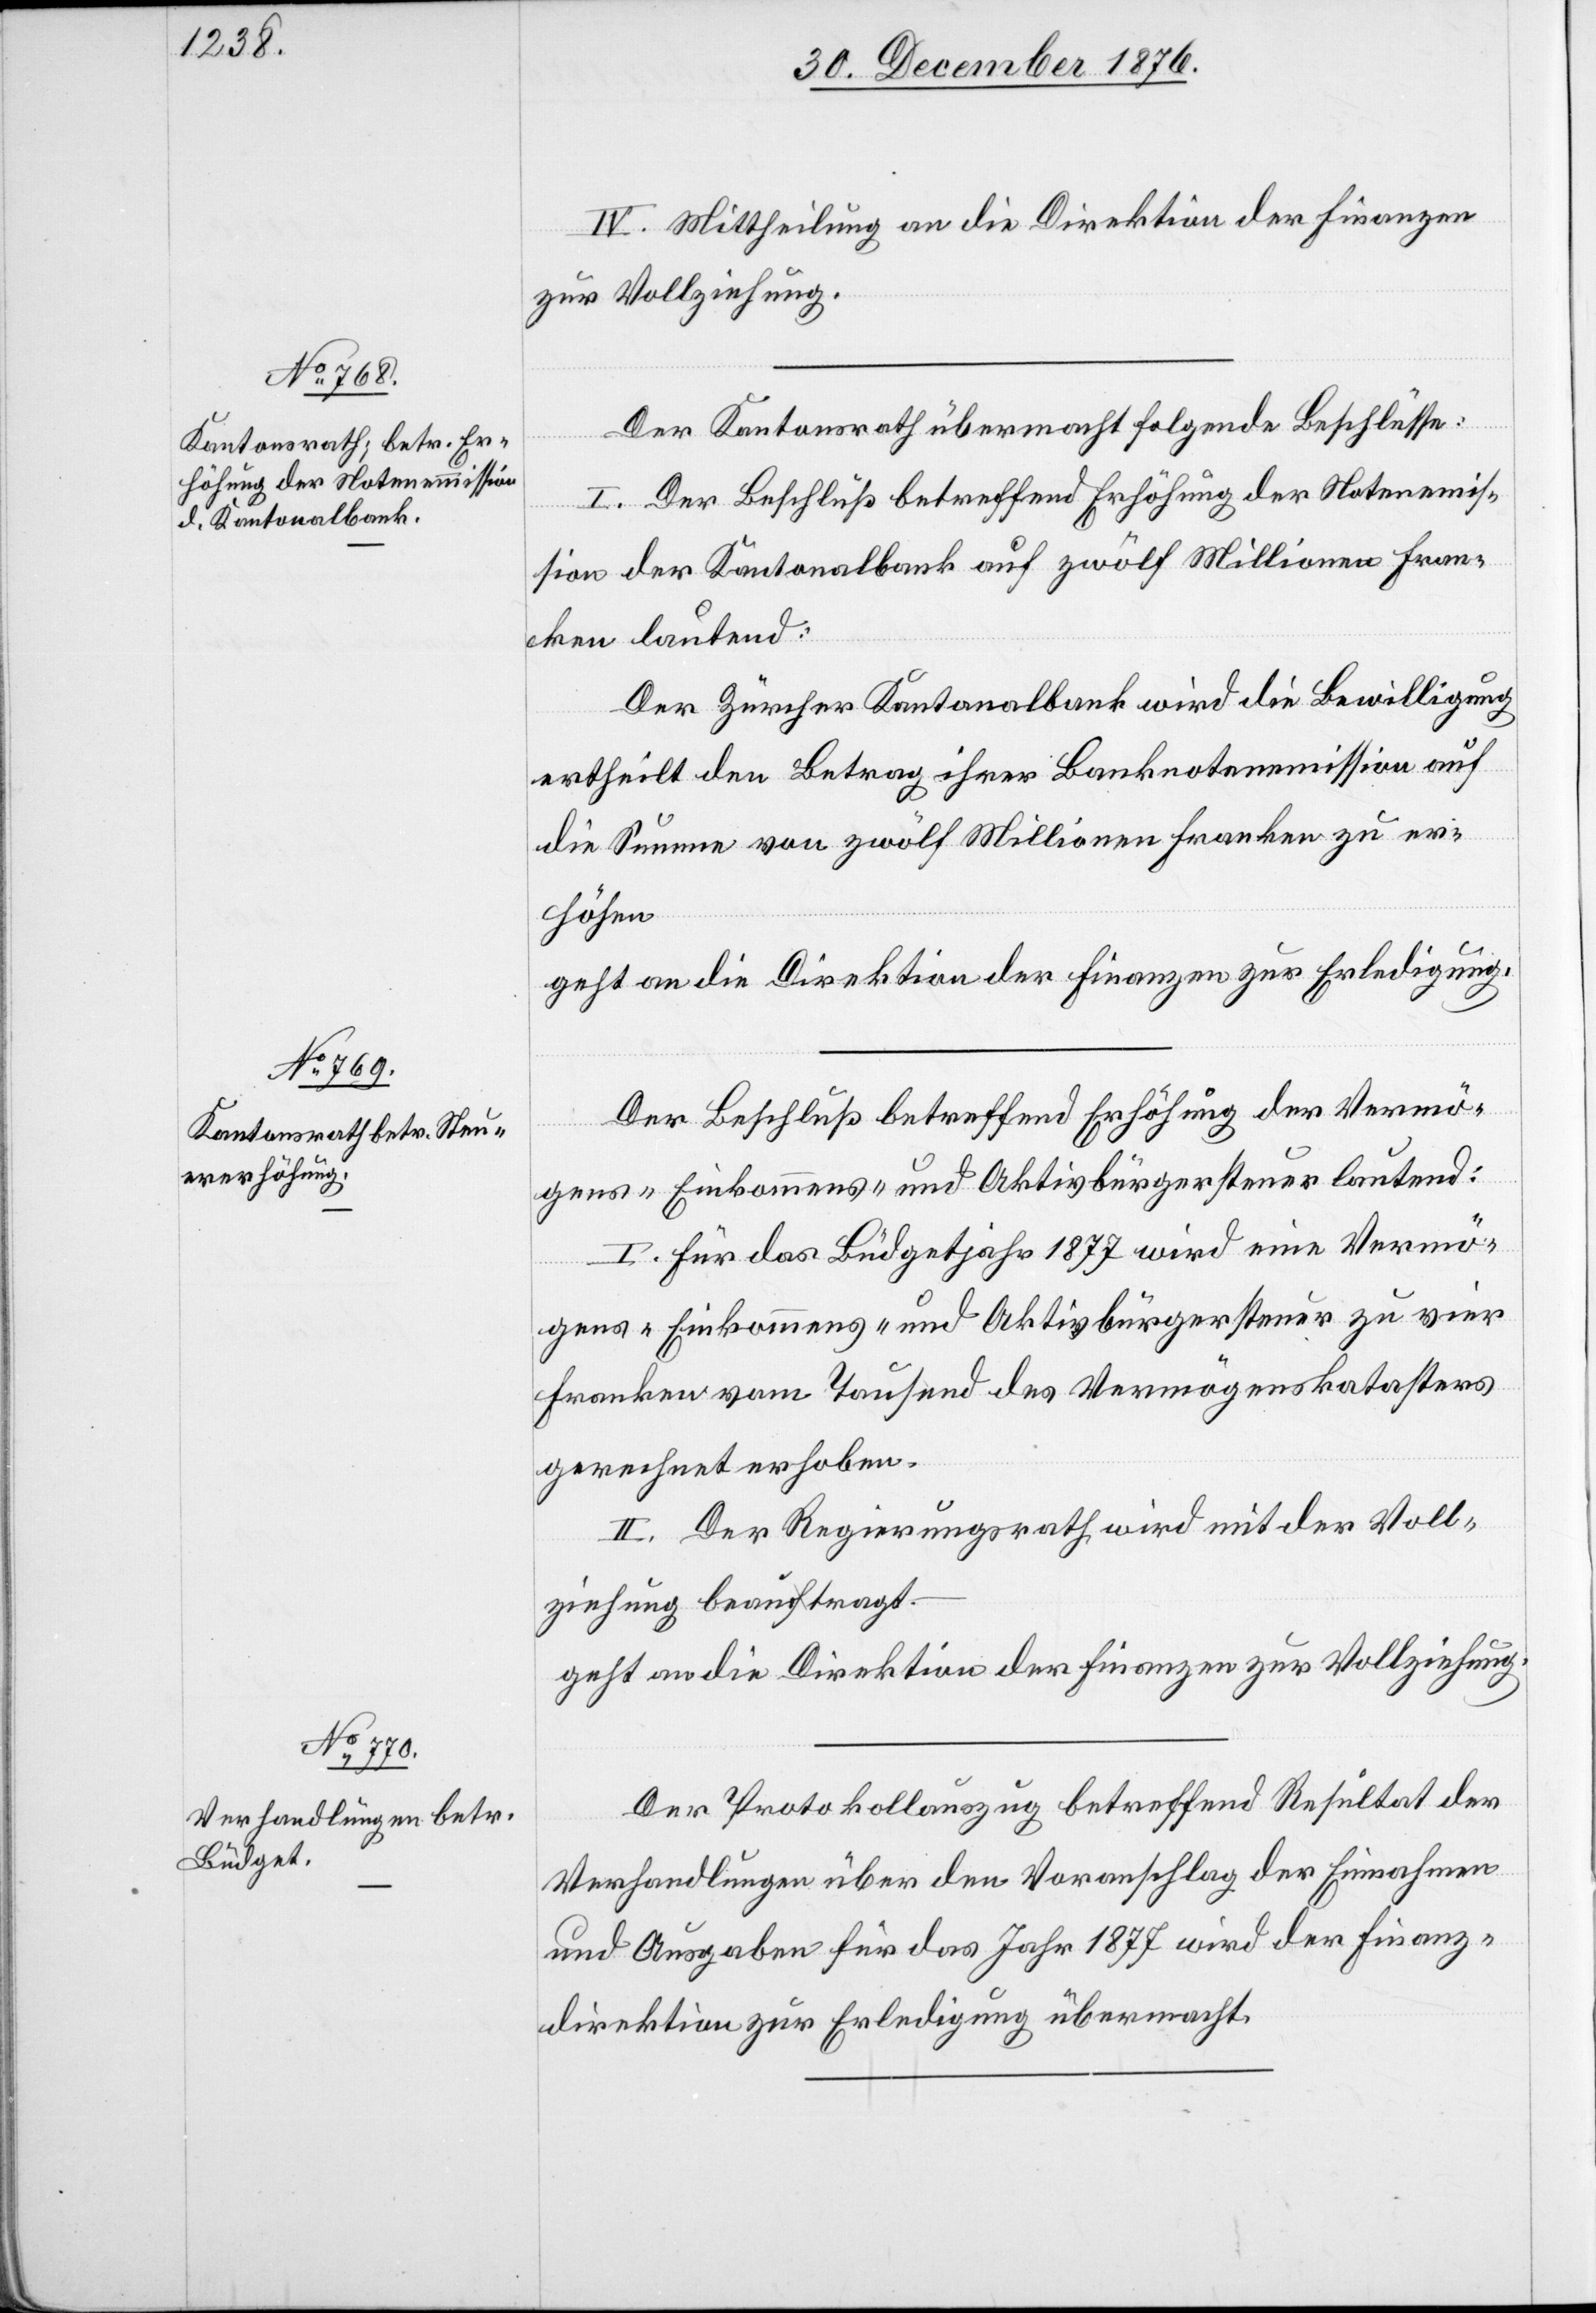
IV. Mittheilung an die Direktion der Finanzen
zur Vollziehung.
Der Kantonsrath übermacht folgende Beschlüsse:
I. Der Beschluß betreffend Erhöhung der Notenemmis¬
sion der Kantonalbank auf zwölf Millionen Fran¬
ken lautend:
Der Zürcher Kantonalbank wird die Bewilligung
ertheilt den Betrag ihrer Banknotenemmission auf
die Summe von zwölf Millionen Franken zu er¬
höhen
geht an die Direktion der Finanzen zur Erledigung.
Der Beschluß betreffend Erhöhung der Vermö¬
gens-[,] Einkommens- und Aktivbürgersteuer lautend:
I. Für das Büdgetjahr 1877 wird eine Vermö¬
gens-[,] Einkommens- und Aktivbürgersteuer zu vier
Franken vom Tausend des Vermögenskatasters
gerechnet erhoben.
II. Der Regierungsrath wird mit der Voll¬
ziehung beauftragt
geht an die Direktion der Finanzen zur Vollziehung.
Der Protokollauszug betreffend Resultat der
Verhandlungen über den Voranschlag der Einnahmen
und Ausgaben für das Jahr 1877 wird der Finanz¬
direktion zur Erledigung übermacht.